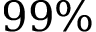
9 9 \%